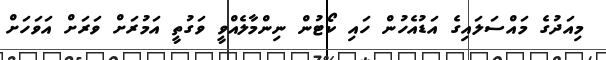
މިއަދުގެ މައްސަލައިގެ އަޑުއެހުން ހައި ކޯޓުން ނިންމާލެއްވީ ވަގުތީ އަމުރަށް ވަރަށް އަވަހަށް